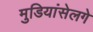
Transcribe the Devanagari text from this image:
मुडियांसेलगे